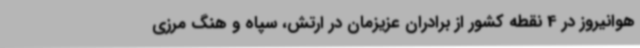
هوانیروز در 4 نقطه کشور از برادران عزیزمان در ارتش، سپاه و هنگ مرزی